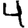
Digit: 4